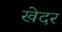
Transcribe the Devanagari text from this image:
खेदर